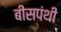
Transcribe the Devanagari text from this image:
बीसपंथी